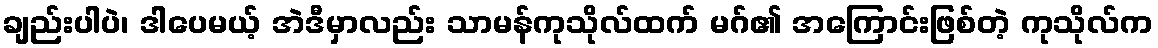
ချည်းပါပဲ၊ ဒါပေမယ့် အဲဒီမှာလည်း သာမန်ကုသိုလ်ထက် မဂ်၏ အကြောင်းဖြစ်တဲ့ ကုသိုလ်က